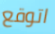
اتوقع